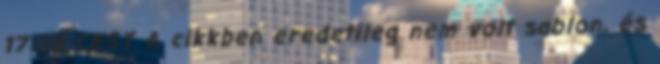
17:35 CEST A cikkben eredetileg nem volt sablon, és